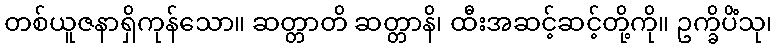
တစ်ယူဇနာရှိကုန်သော။ ဆတ္တာတိ ဆတ္တာနိ၊ ထီးအဆင့်ဆင့်တို့ကို။ ဥက္ခိပိံသု၊